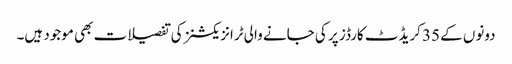
دونوں کے 35 کریڈٹ کارڈز پر کی جانے والی ٹرانزیکشنز کی تفصیلات بھی موجود ہیں۔